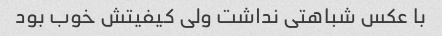
با عکس شباهتی نداشت ولی کیفیتش خوب بود